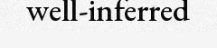
well-inferred